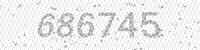
Solution: 686745